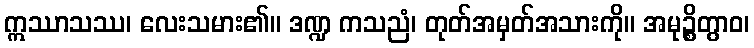
ဣဿာသဿ၊ လေးသမား၏။ ဒဏ္ဍ ကသညံ၊ တုတ်အမှတ်အသားကို။ အမုဉ္စိတွာဝ၊